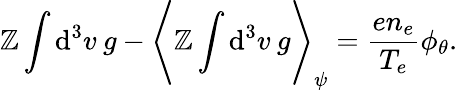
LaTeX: \mathbb{Z}\int\mathrm{{d}}^{3}v\: g-\Bigg\langle\mathbb{Z}\int\mathrm{{d}}^{3}v\: g\Bigg\rangle_{\psi}=\frac{{en_{e}}}{{T_{e}}}\phi_{\theta}.